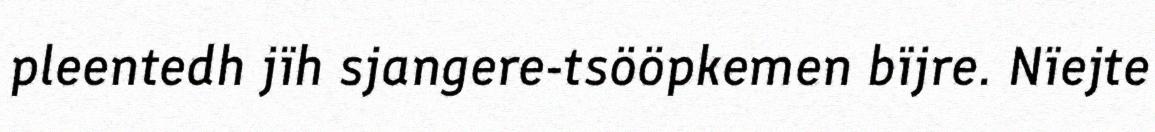
pleentedh jïh sjangere-tsööpkemen bïjre. Nïejte